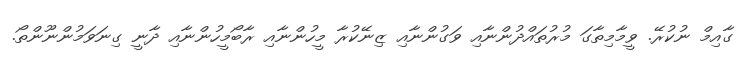
ގާއިމް ނުކުރޭ. ވީމާމިތާގަ މުރުތައްދުންނާއި ވަގުންނާއި ޒިނޭކުރާ މީހުންނާއި ރާބޯމީހުންނާއި ދާނީ ގިނަވަމުންނޫންތޯ.